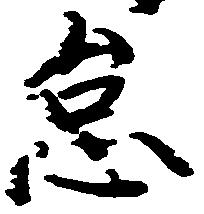
怠